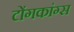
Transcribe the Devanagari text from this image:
टोंगकांग्स